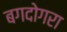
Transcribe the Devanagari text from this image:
बगदोगरा